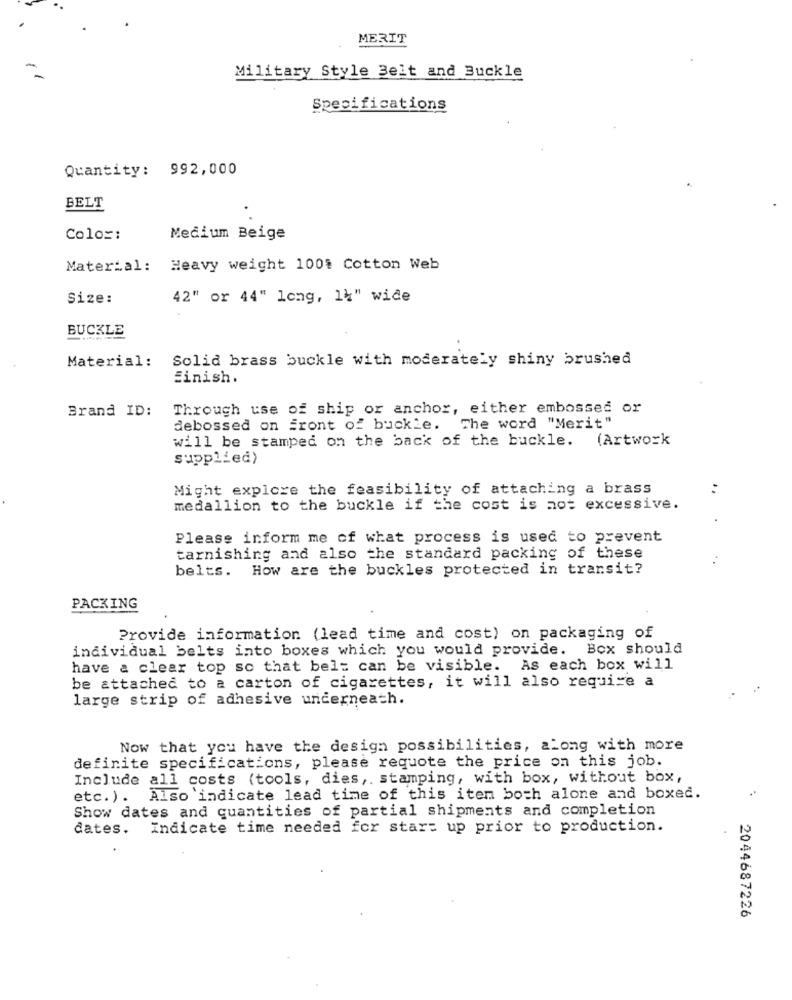
MERIT
Military Style Belt and Buckle
Specifications
Quantity: 992,000
BELT
Color:
Medium Beige
Material: Heavy weight 100% Cotton Web
Size:
42" or 44" long, 1%" wide
BUCKLE
Solid brass buckle with moderately shiny brushed
Material:
Einish.
Brand ID:
Through use of ship or anchor, either embossed or
debossed on Front of buckle. The word "Merit"
will be stamped on the back of the buckle. (Artwork
supplied)
Might explore the feasibility of attaching a brass
..
medallion to the buckle if the cost is not excessive.
Please inform me of what process is used to prevent
tarnishing and also the standard packing of these
belts. How are the buckles protected in transit?
PACKING
Provide information (lead time and cost) on packaging of
individual belts into boxes which you would provide. Box should
have a clear top so that bel= can be visible. As each box will
be attached to a carton of cigarettes, it will also require a
large strip of adhesive underneath.
Now that you have the design possibilities, along with more
definite specifications, please requote the price on this job.
Include all costs (tools, dies, stamping, with box, without box,
etc. ). Also indicate lead time of this item both alone and boxed.
Show dates and quantities of partial shipments and completion
dates.
Indicate time needed for start up prior to production.
2044687226